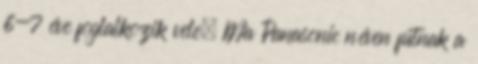
6-7 éve foglalkozik vele. Ma Panasonic néven futnak a